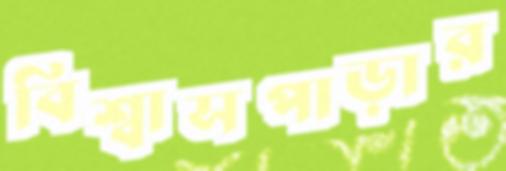
বিশ্বাসপাড়ার